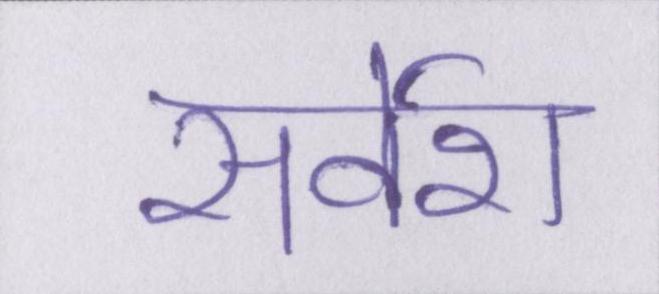
सर्वेश